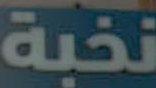
نخبة